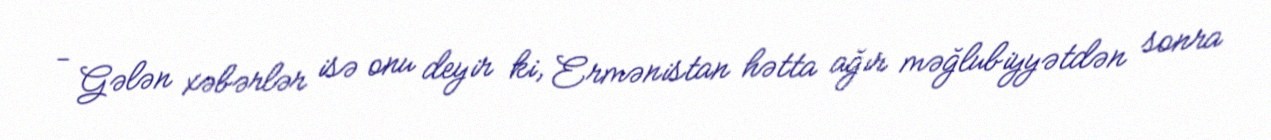
- Gələn xəbərlər isə onu deyir ki, Ermənistan hətta ağır məğlubiyyətdən sonra